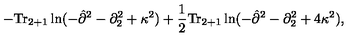
- \mathrm { T r } _ { 2 + 1 } \ln ( - { \hat { \partial } } ^ { 2 } - \partial _ { 2 } ^ { 2 } + \kappa ^ { 2 } ) + \frac { 1 } { 2 } \mathrm { T r } _ { 2 + 1 } \ln ( - { \hat { \partial } } ^ { 2 } - \partial _ { 2 } ^ { 2 } + 4 \kappa ^ { 2 } ) ,